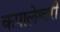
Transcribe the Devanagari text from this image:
कपालेश्वरी